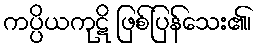
ကပ္ပိယကုဋိ ဖြစ်ပြန်သေး၏၊